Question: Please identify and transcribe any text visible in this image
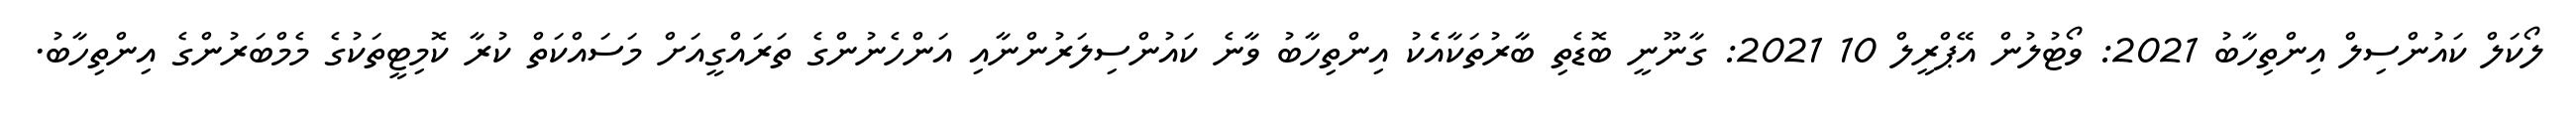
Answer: ލޯކަލް ކައުންސިލް އިންތިހާބު 2021: ވޯޓުލުން އޭޕްރީލް 10 2021: ގާނޫނީ ބޮޑެތި ބާރުތަކާއެެކު އިންތިހާބު ވާނެ ކައުންސިލަރުންނާއި އަންހެނުންގެ ތަރައްގީއަށް މަސައްކަތް ކުރާ ކޮމިޓީތަކުގެ މެމްބަރުންގެ އިންތިހާބު.